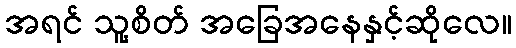
အရင် သူ့စိတ် အခြေအနေနှင့်ဆိုလေ။